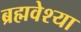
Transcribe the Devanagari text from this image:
ब्रह्मवेश्या